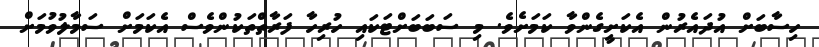
ހިސާބަށް އުދައެރުން އެކަށީގެންވާ ކަމަށެވެ. މި ސަބަބަށްޓަކައި ހުރިހާ ފަރާތްތަކުންވެސް އެކަމަށް ސަމާލުވުމަށް